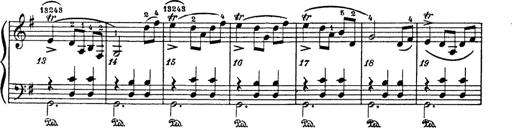
Title: 6 Polish Songs
Composer: Franz Liszt